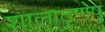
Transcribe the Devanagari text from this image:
शालातृणेषु